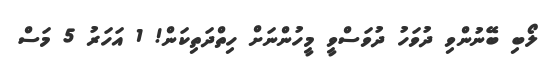
ލޯބި ބޭނުންވި ދުވަހު ދުވަސްވީ މީހުންނަށް ހިތްދަތިކަން! 1 އަހަރު 5 މަސް